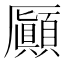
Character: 𠫉